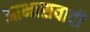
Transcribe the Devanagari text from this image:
आभासवादी